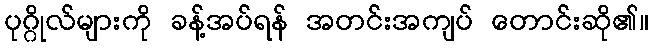
ပုဂ္ဂိုလ်များကို ခန့်အပ်ရန် အတင်းအကျပ် တောင်းဆို၏။